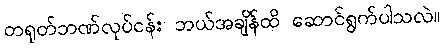
တရုတ်ဘဏ်လုပ်ငန်း ဘယ်အချိန်ထိ ဆောင်ရွက်ပါသလဲ။